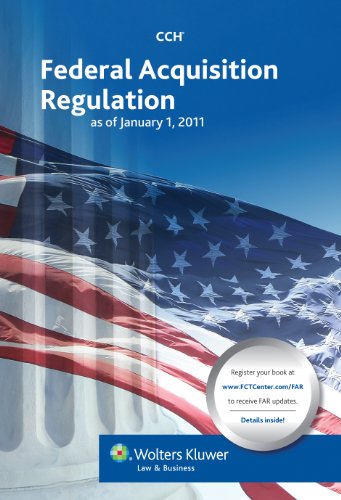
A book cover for Federal Acquisition Regulation (FAR) as of 01/2011; CCH Editorial Staff; Law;